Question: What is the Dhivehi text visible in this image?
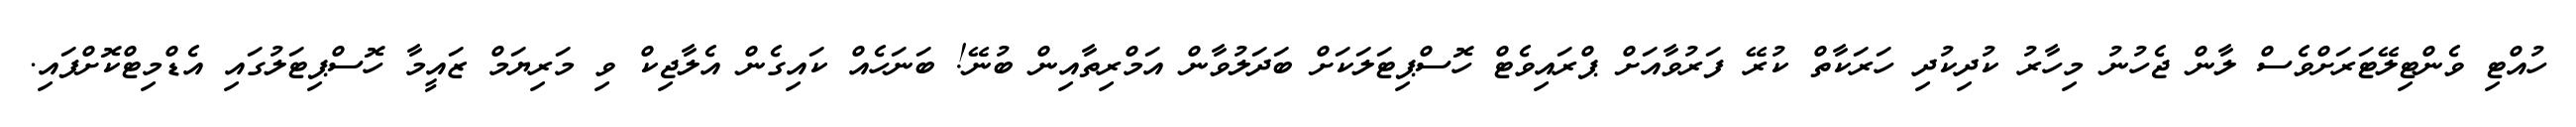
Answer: ހުއްޓި ވެންޓިލޭޓަރަށްވެސް ލާން ޖެހުނު މިހާރު ކުދިކުދި ހަރަކާތް ކުރޭ ފަރުވާއަށް ޕްރައިވެޓް ހޮސްޕިޓަލަކަށް ބަދަލުވާން އަމްރިތާއިން ބުނޭ! ބަނަހެއް ކައިގެން އެލާޖިކް ވި މަރިޔަމް ޒައީމާ ހޮސްޕިޓަލުގައި އެޑްމިޓްކޮށްފައި.